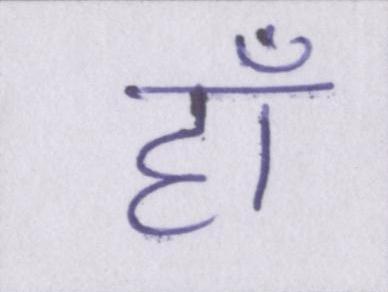
हाँ